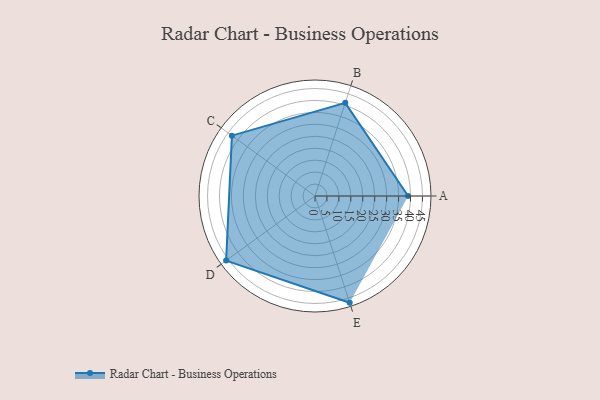
{"axis": {"x": "Skill", "y": "Score"}, "legend": ["Profile"], "data": [{"x": "A", "y": 39.0, "type": "Profile"}, {"x": "B", "y": 41.0, "type": "Profile"}, {"x": "C", "y": 43.0, "type": "Profile"}, {"x": "D", "y": 46.0, "type": "Profile"}, {"x": "E", "y": 47.0, "type": "Profile"}]}